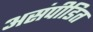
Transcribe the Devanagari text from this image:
असंपीडित